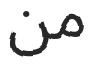
من